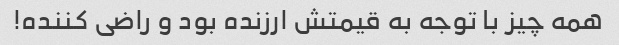
همه چیز با توجه به قیمتش ارزنده بود و راضی کننده!